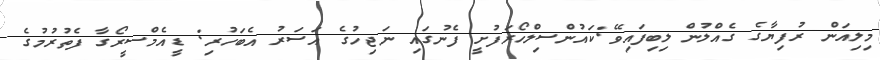
މިލިއަން ރުފިޔާގެ ގެއްލުން ލިބިފައިވޭ:ކައުންސިލްހޯރަފުށީ ފެނުގައި ނަޖިހުގެ އަސަރު އެބަހުރި: ޑީއެމްސީރޯގާ ފެތުރުމުގެ